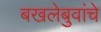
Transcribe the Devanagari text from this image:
बखलेबुवांचे